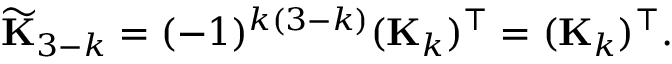
\widetilde { \bf K } _ { 3 - k } = ( - 1 ) ^ { k ( 3 - k ) } ( { \bf K } _ { k } ) ^ { \top } = ( { \bf K } _ { k } ) ^ { \top } .